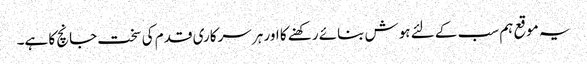
یہ موقع ہم سب کے لئے ہوش بنائے رکھنے کا اور ہر سرکاری قدم کی سخت جانچ کا ہے۔